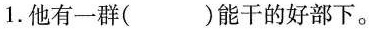
1.他有一群( )能干的好部下。